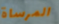
المرساة